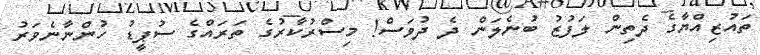
ތައުޒިއްޔާގެ ދެތިން ލަފުޒު ބުނެލަން ދެ ދުވަސް! މިސްރުކާރުގެ ތަރައްގެ ސުޕީޑު ހުންނާނެވަރު